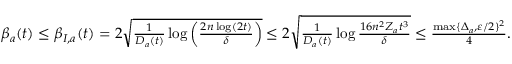
\begin{array} { r } { \beta _ { a } ( t ) \le \beta _ { I , a } ( t ) = 2 \sqrt { \frac { 1 } { D _ { a } ( t ) } \log \left( \frac { 2 n \log ( 2 t ) } { \delta } \right) } \le 2 \sqrt { \frac { 1 } { D _ { a } ( t ) } \log \frac { 1 6 n ^ { 2 } Z _ { a } t ^ { 3 } } { \delta } } \le \frac { \operatorname* { m a x } \{ \Delta _ { a } , \varepsilon / 2 \} ^ { 2 } } { 4 } . } \end{array}